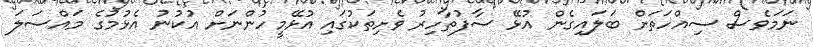
ނަމަވެސް ސިއްހަތަށް ބަލައިގެން އުޅޭ ސާފުތާހިރު ވެށިތަކުގައި އުޅޭމީހުންނަށް އުކުނު އެޅުމުގެ މައްސަލަ